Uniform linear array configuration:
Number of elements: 32
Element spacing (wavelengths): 0.75
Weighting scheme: hann
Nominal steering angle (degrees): -30
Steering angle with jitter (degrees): -28.283
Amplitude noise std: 0.05
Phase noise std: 0.05

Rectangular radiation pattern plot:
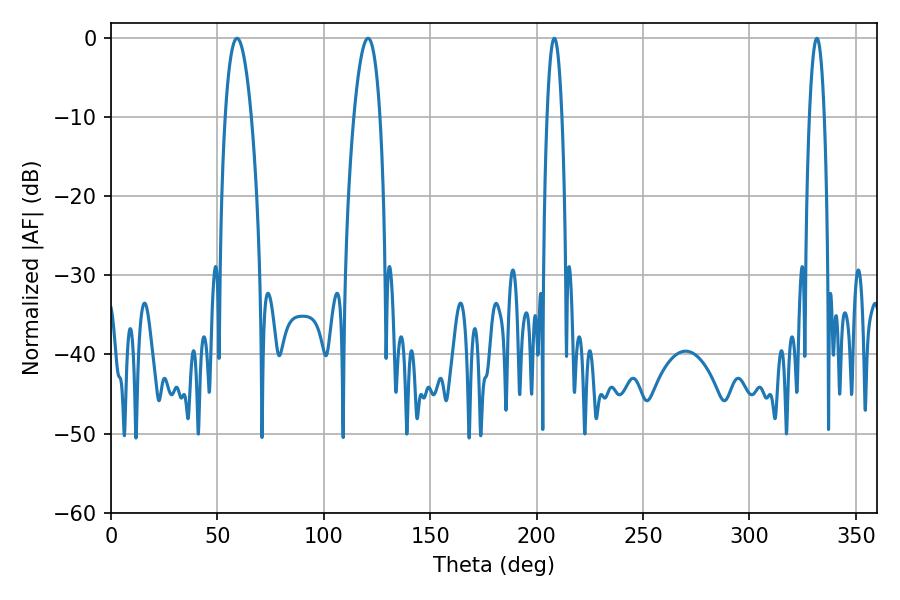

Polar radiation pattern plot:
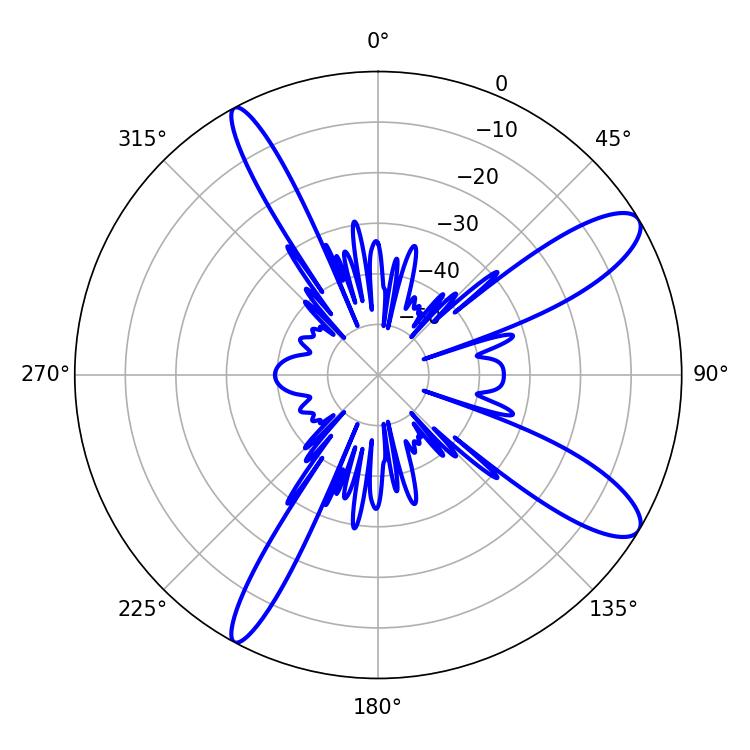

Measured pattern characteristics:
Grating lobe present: TRUE
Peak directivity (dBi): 11.248
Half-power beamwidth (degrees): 6.84
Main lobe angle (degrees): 59.22